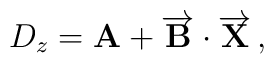
D_z = \textbf{A}+\overrightarrow{\mathbf{B}}\cdot \overrightarrow{\mathbf{X}}\,,